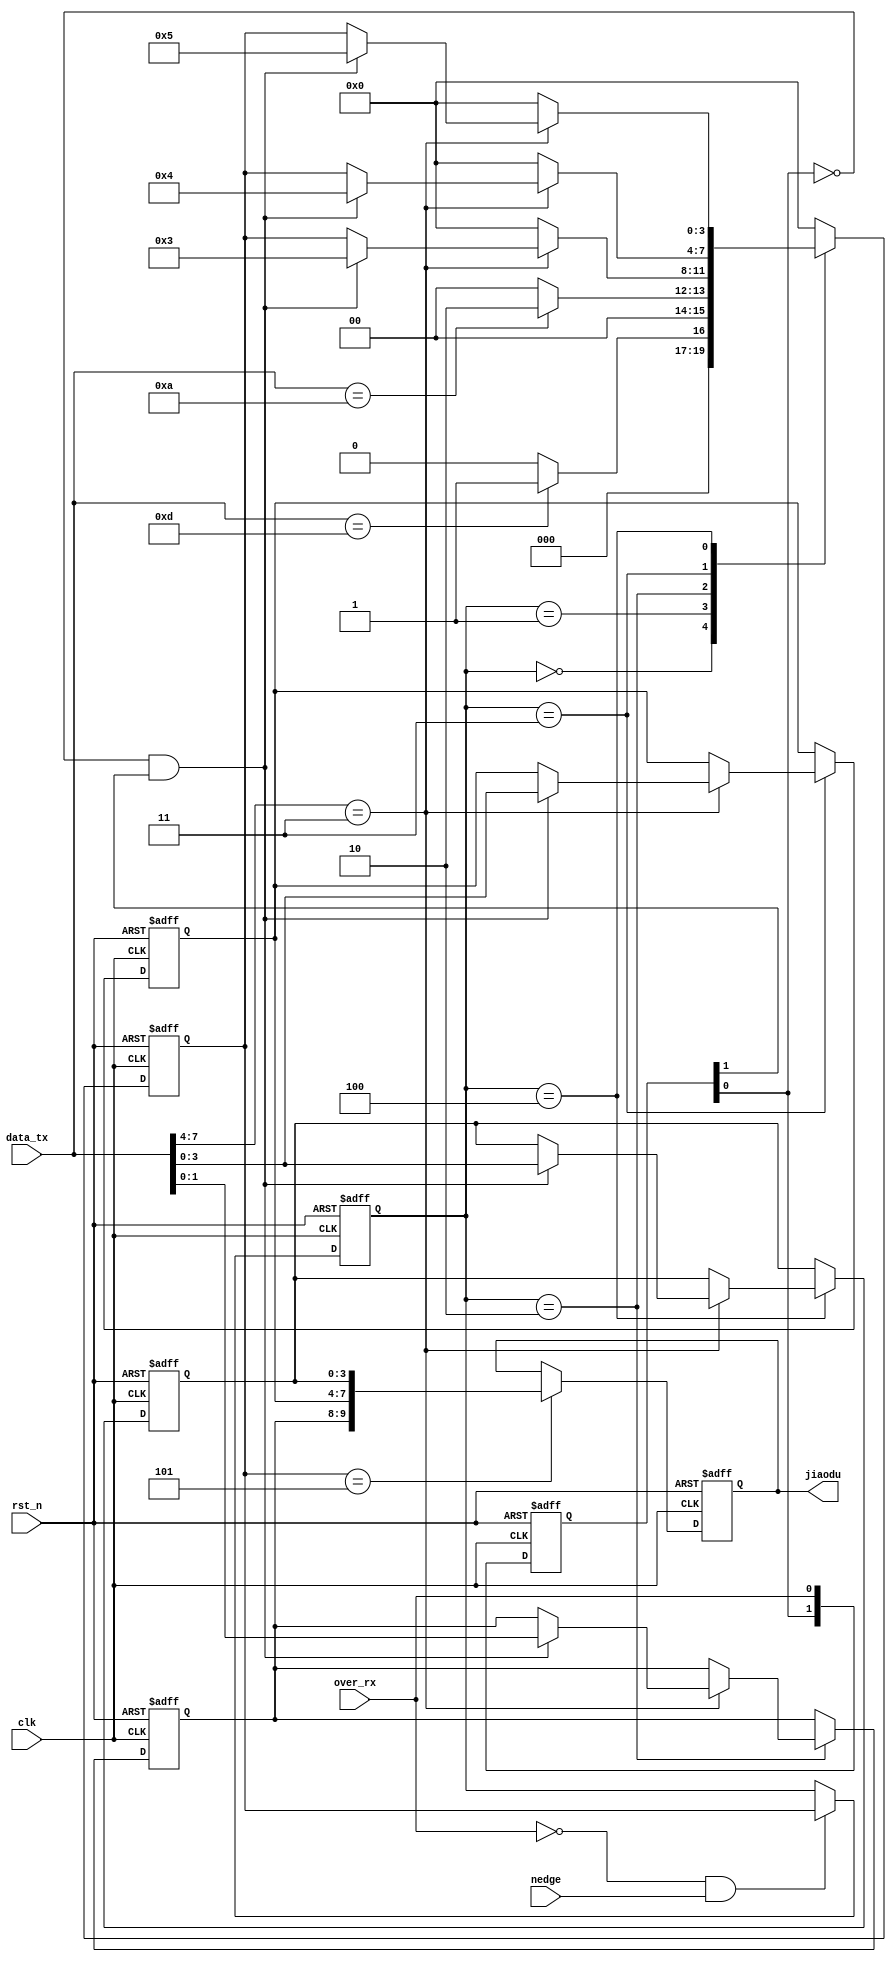
module uart_rx_dzj(
	input clk,
	input rst_n,
	input [7:0]data_tx,
	input over_rx,
	input nedge,
	
	output reg [9:0] jiaodu
    );
	
	wire nedge_over_rx;
	reg [1:0]tmp_rx;                       //
	always@(posedge clk or negedge rst_n)  // 
	  begin
	  if(!rst_n)  tmp_rx<=2'b11;
	  else
	    begin
	    tmp_rx[0]<=over_rx;
	    tmp_rx[1]<=tmp_rx[0];
	    end
	  end
	assign nedge_over_rx=~tmp_rx[0]&tmp_rx[1];
	
	parameter s0=4'd0,s1=4'd1,s2=4'd2,s3=4'd3,s4=4'd4,s5=4'd5;//,s6=4'd6,s7=4'd7,s8=4'd8,s9=4'd9,s10=4'd10,s11=4'd12;
	reg[3:0] present_state,next_state;
	always@(posedge clk or negedge rst_n)
	begin
	  if(!rst_n)
		begin
	    present_state<=s0;
		end
	  else if(~over_rx&nedge) present_state<=next_state;
	end
	      //[9:8] [7:4] [3:0]
	reg[1:0]baiwei;
	reg[3:0]shiwei;
	reg[3:0]gewei;
	always@(posedge clk or negedge rst_n)
	 begin
	 if(!rst_n)
		begin next_state<=s0; baiwei<=1'b0;shiwei<=1'b0;gewei<=1'b0;end
	 else begin
	 case(present_state)
	    s0: if(data_tx==8'h0D/*8'b01001001*/)  //0D
			  next_state<=s1;
			else next_state<=s0;
		s1: if(data_tx==8'h0A)  //0A
			  next_state<=s2;
			else next_state<=s0;
		s2: if(data_tx[7:4]==4'b0011)
			begin                            //
			  if(nedge_over_rx)begin next_state<=s3;
			  baiwei<=data_tx[3:0]; end        
			end
			else next_state<=s0;
		s3: if(data_tx[7:4]==4'b0011)
			begin
			  if(nedge_over_rx) begin next_state<=s4;               //
			  shiwei<=data_tx[3:0]; end
			end
			else next_state<=s0;
		s4: if(data_tx[7:4]==4'b0011)
			begin                           //
			  if(nedge_over_rx) begin next_state<=s5;
			  gewei<=data_tx[3:0]; end
			end
			else next_state<=s0;
		s5: next_state<=s0;
		
		default: next_state<=s0;
	 endcase
	 end 
	 end 
	 always@(posedge clk or negedge rst_n)
	 begin 
		if(!rst_n)
		jiaodu<=1'b0;
		else if(next_state==s5)
		jiaodu<={baiwei,shiwei,gewei};
		else jiaodu<=jiaodu;
	 end
	endmodule